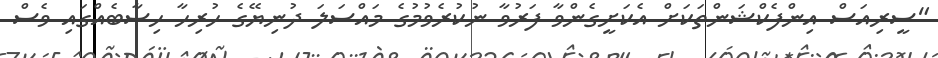
"ސީރިއަސް އިންފެކްޝަންތަކަށް އެކަށީގެންވާ ފަރުވާ ނުކުރެވުމުގެ މައްސަލަ ދުނިޔޭގެ ހުރިހާ ހިސާބެއްގައި ވެސް